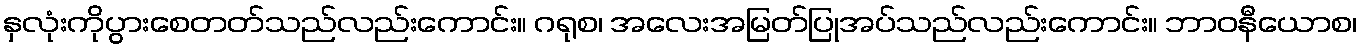
နှလုံးကိုပွားစေတတ်သည်လည်းကောင်း။ ဂရုစ၊ အလေးအမြတ်ပြုအပ်သည်လည်းကောင်း။ ဘာဝနီယောစ၊